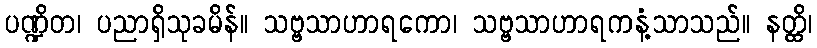
ပဏ္ဍိတ၊ ပညာရှိသုခမိန်။ သဗ္ဗသာဟာရကော၊ သဗ္ဗသာဟာရကနံ့သာသည်။ နတ္ထိ၊